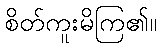
စိတ်ကူးမိကြ၏။